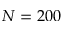
N = 2 0 0